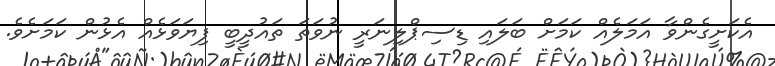
އެކަށީގެންވާ އަމަލެއް ކަމަށް ބަލައި ޑިސިޕްލިނަރީ ނުވަތަ ތައުދީބީ ފިޔަވަޅެއް އެޅުން ކަމަށެވެ.